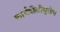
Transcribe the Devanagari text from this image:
कार्यशैलीमुळेच